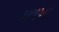
મળખા